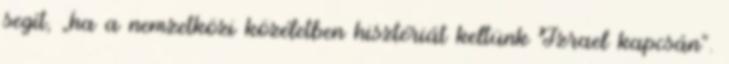
segít, „ha a nemzetközi közéletben hisztériát keltünk Izrael kapcsán”.